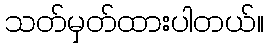
သတ်မှတ်ထားပါတယ်။